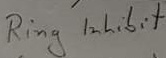
Text: Ring inhibit